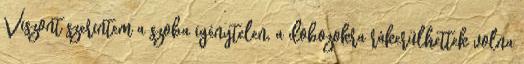
Viszont szerintem a szoba igénytelen, a dobozokra rákerülhettek volna